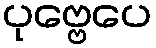
ပုဗ္ဗေပေ